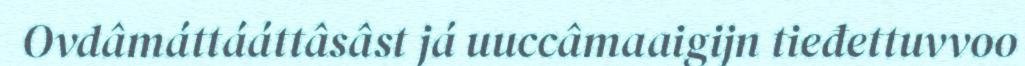
Ovdâmáttááttâsâst já uuccâmaaigijn tieđettuvvoo